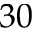
3 0